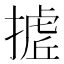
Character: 𭢉